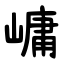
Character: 㟾